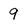
Character: 9